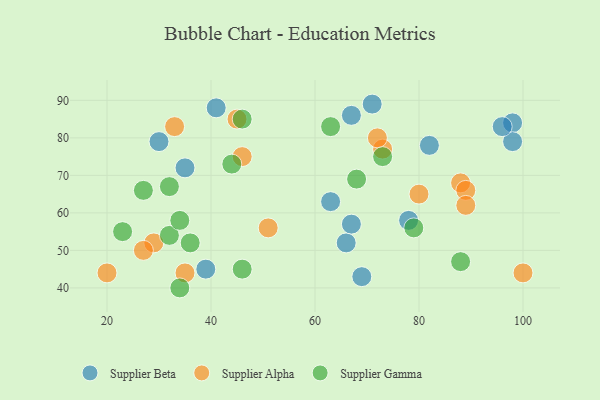
{"axis": {"x": "GDP", "y": "Life Expectancy"}, "legend": ["Supplier Alpha", "Supplier Beta", "Supplier Gamma"], "data": [{"x": "82", "y": 78, "type": "Supplier Beta"}, {"x": "41", "y": 88, "type": "Supplier Beta"}, {"x": "71", "y": 89, "type": "Supplier Beta"}, {"x": "63", "y": 63, "type": "Supplier Beta"}, {"x": "66", "y": 52, "type": "Supplier Beta"}, {"x": "98", "y": 84, "type": "Supplier Beta"}, {"x": "67", "y": 57, "type": "Supplier Beta"}, {"x": "67", "y": 86, "type": "Supplier Beta"}, {"x": "98", "y": 79, "type": "Supplier Beta"}, {"x": "39", "y": 45, "type": "Supplier Beta"}, {"x": "30", "y": 79, "type": "Supplier Beta"}, {"x": "96", "y": 83, "type": "Supplier Beta"}, {"x": "35", "y": 72, "type": "Supplier Beta"}, {"x": "69", "y": 43, "type": "Supplier Beta"}, {"x": "78", "y": 58, "type": "Supplier Beta"}, {"x": "33", "y": 83, "type": "Supplier Alpha"}, {"x": "88", "y": 68, "type": "Supplier Alpha"}, {"x": "20", "y": 44, "type": "Supplier Alpha"}, {"x": "29", "y": 52, "type": "Supplier Alpha"}, {"x": "73", "y": 77, "type": "Supplier Alpha"}, {"x": "89", "y": 66, "type": "Supplier Alpha"}, {"x": "72", "y": 80, "type": "Supplier Alpha"}, {"x": "80", "y": 65, "type": "Supplier Alpha"}, {"x": "89", "y": 62, "type": "Supplier Alpha"}, {"x": "35", "y": 44, "type": "Supplier Alpha"}, {"x": "46", "y": 75, "type": "Supplier Alpha"}, {"x": "27", "y": 50, "type": "Supplier Alpha"}, {"x": "45", "y": 85, "type": "Supplier Alpha"}, {"x": "51", "y": 56, "type": "Supplier Alpha"}, {"x": "100", "y": 44, "type": "Supplier Alpha"}, {"x": "63", "y": 83, "type": "Supplier Gamma"}, {"x": "27", "y": 66, "type": "Supplier Gamma"}, {"x": "32", "y": 54, "type": "Supplier Gamma"}, {"x": "36", "y": 52, "type": "Supplier Gamma"}, {"x": "79", "y": 56, "type": "Supplier Gamma"}, {"x": "46", "y": 85, "type": "Supplier Gamma"}, {"x": "34", "y": 58, "type": "Supplier Gamma"}, {"x": "46", "y": 45, "type": "Supplier Gamma"}, {"x": "44", "y": 73, "type": "Supplier Gamma"}, {"x": "73", "y": 75, "type": "Supplier Gamma"}, {"x": "88", "y": 47, "type": "Supplier Gamma"}, {"x": "23", "y": 55, "type": "Supplier Gamma"}, {"x": "32", "y": 67, "type": "Supplier Gamma"}, {"x": "68", "y": 69, "type": "Supplier Gamma"}, {"x": "34", "y": 40, "type": "Supplier Gamma"}]}